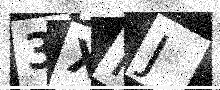
Text: 3XIJ